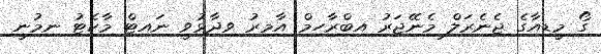
ގޯ މީޑިއާގެ ޖެނެރަލް މެނޭޖަރު އިބްރާހިމް އާމިރު ވިދާޅުވީ ނައިޓް މާކެޓު ނިމުނީ